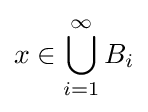
x\in \bigcup _{i=1}^{\infty }B_{i}